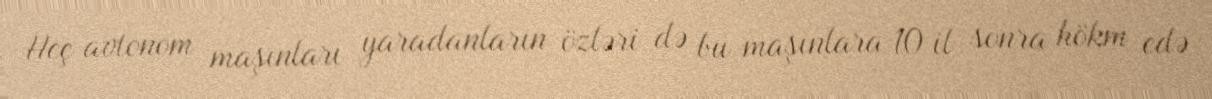
Heç avtonom maşınları yaradanların özləri də bu maşınlara 10 il sonra hökm edə